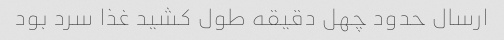
ارسال حدود چهل دقیقه طول کشید غذا سرد بود